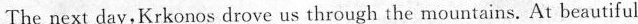
The next day,Krkonos drove us through the mountains. At beautiful